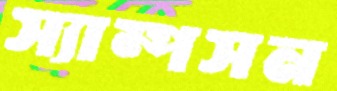
স্যাম্পসন